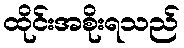
ထိုင်းအစိုးရသည်